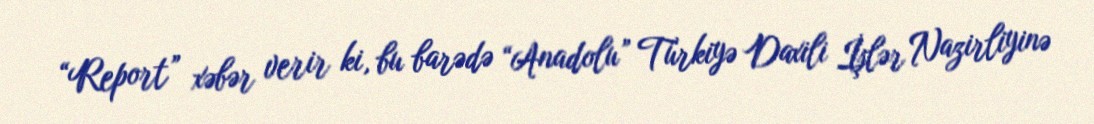
“Report” xəbər verir ki, bu barədə “Anadolu” Türkiyə Daxili İşlər Nazirliyinə